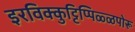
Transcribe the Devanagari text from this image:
इरविक्कुट्टिप्पिळ्ळपोरू